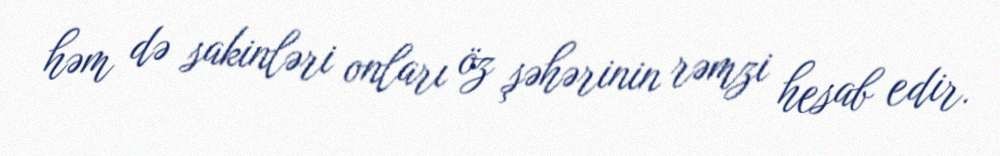
həm də sakinləri onları öz şəhərinin rəmzi hesab edir.